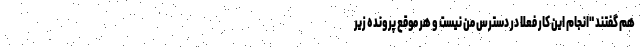
هم گفتند "انجام این کار فعلاً در دسترس من نیست و هر موقع پرونده زیر